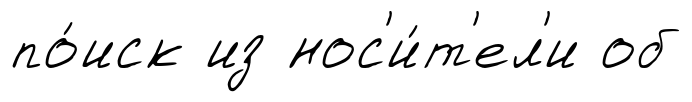
по́иск из нос'и́т'ел'и об